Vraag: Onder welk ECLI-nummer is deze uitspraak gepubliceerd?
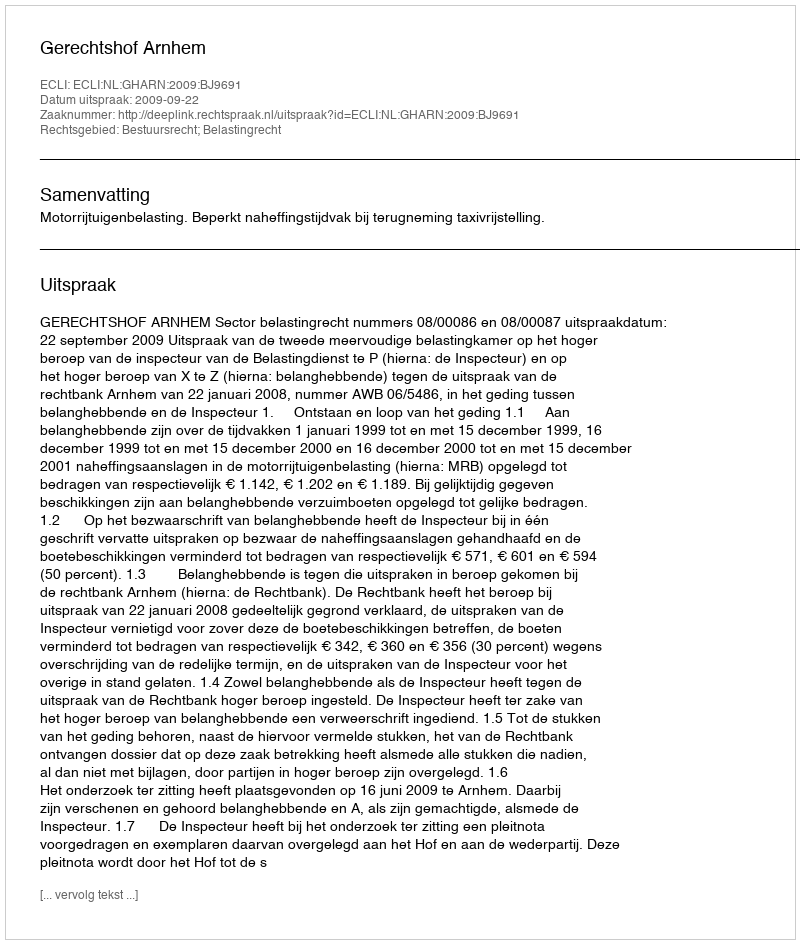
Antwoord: ECLI:NL:GHARN:2009:BJ9691